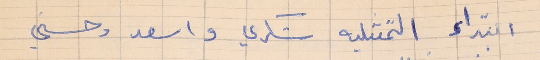
ابتداء التمثىليه شكري واسعد وحسني